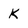
Character: K